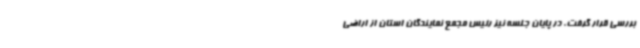
بررسی قرار گرفت. در پایان جلسه نیز رئیس مجمع نمایندگان استان از اراضی